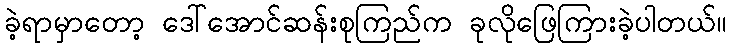
ခဲ့ရာမှာတော့ ဒေါ်အောင်ဆန်းစုကြည်က ခုလိုဖြေကြားခဲ့ပါတယ်။